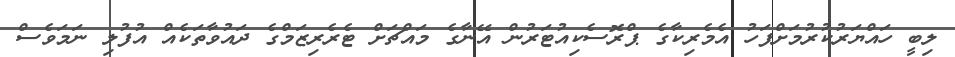
ލިބީ ހައްޔަރުކުރުމަށްފަހު އެމެރިކާގެ ޕްރޮސެކިއުޓަރުން އޭނާގެ މައްޗަށް ޓެރެރިޒަމްގެ ދައުވާތަކެއް އުފުލި ނަމަވެސް